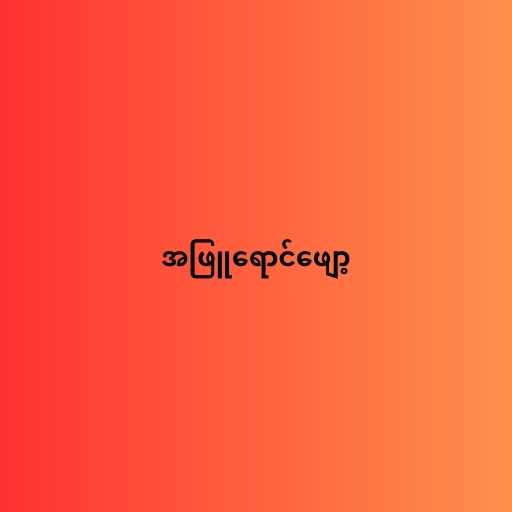
အဖြူရောင်ဖျော့